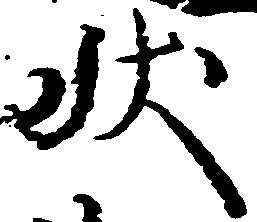
状